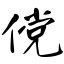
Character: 傥